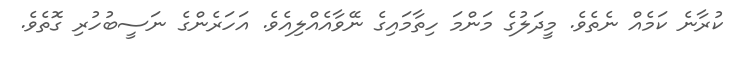
ކުރާނެ ކަމެއް ނެތެވެ. މީދަލުގެ މަންމަ ހިތާމައިގެ ނޭވާއެއްލިއެވެ. އަހަރެންގެ ނަސީބުހުރި ގޮތެވެ.